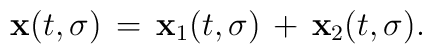
{\bf x}(t,\sigma)\,=\, {\bf x}_{1}(t,\sigma)\,+\,{\bf x}_{2}(t,\sigma).